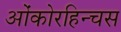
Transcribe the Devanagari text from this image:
ओंकोरहिन्चस